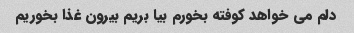
دلم می خواهد کوفته بخورم بیا بریم بیرون غذا بخوریم